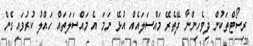
ރިސޯޓްތަކުން ދިވެހިންނާ ދޭތެރޭ މައްސަލައެއް އުޅޭ ނަމަ އެ މައްސަލަތައް ހައްލު ކުރުވައިގެން